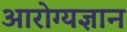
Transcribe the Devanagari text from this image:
आरोग्यज्ञान